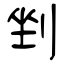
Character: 剉